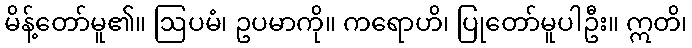
မိန့်တော်မူ၏။ ဩပမံ၊ ဥပမာကို။ ကရောဟိ၊ ပြုတော်မူပါဦး။ ဣတိ၊